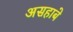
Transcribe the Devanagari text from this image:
असहाबे